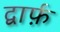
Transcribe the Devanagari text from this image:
द्वार्फ़